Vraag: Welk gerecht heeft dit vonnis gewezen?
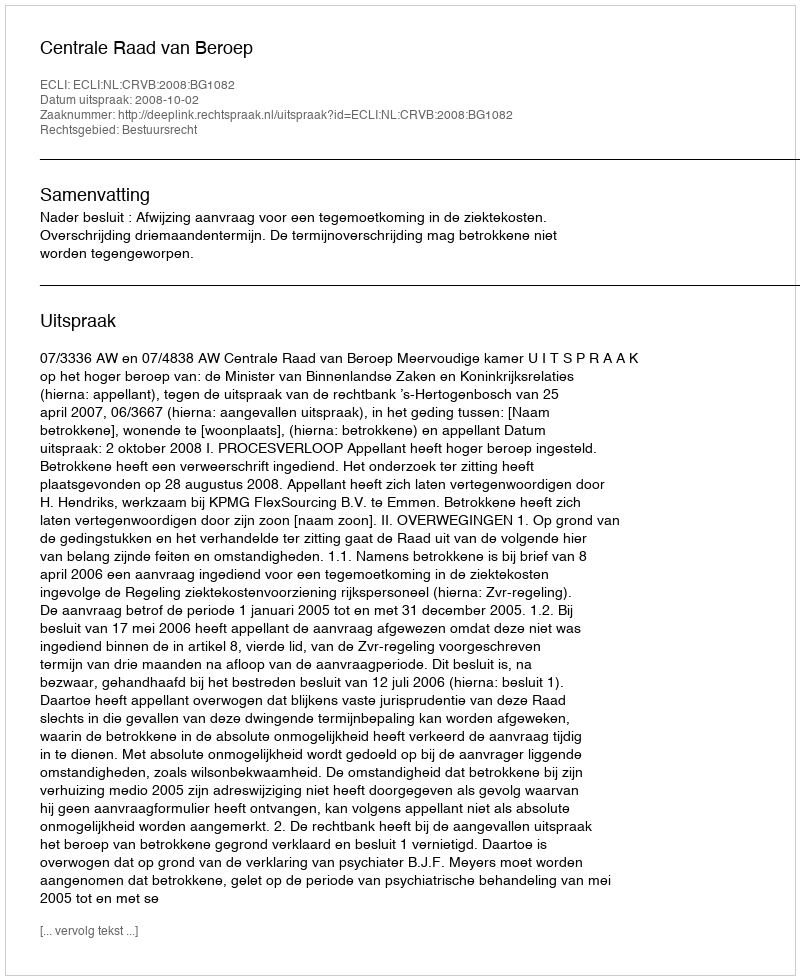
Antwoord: Centrale Raad van Beroep